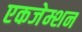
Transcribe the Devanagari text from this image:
एकजेम्शन